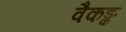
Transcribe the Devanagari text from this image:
वैकङ्क